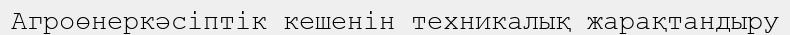
Агроөнеркәсіптік кешенін техникалық жарақтандыру